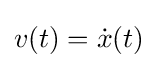
v(t)={\dot {x}}(t)